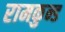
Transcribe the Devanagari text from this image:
रामकुन्ड